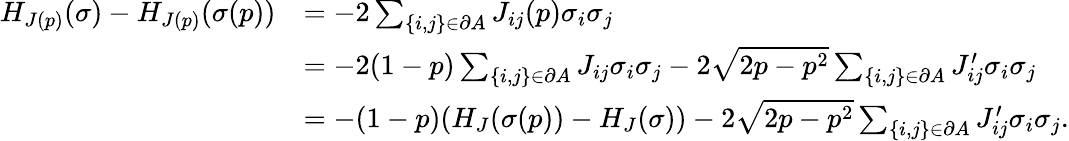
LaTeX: \begin{array}{rl}{H_{J(p)}(\sigma)-H_{J(p)}(\sigma(p))}&{=-2\sum_{\{ i,j\} \in\partial A}J_{ij}(p)\sigma_{i}\sigma_{j}}\\ &{=-2(1-p)\sum_{\{ i,j\} \in\partial A}J_{ij}\sigma_{i}\sigma_{j}-2\sqrt{2p-p^{2}}\sum_{\{ i,j\} \in\partial A}J_{ij}^{\prime}\sigma_{i}\sigma_{j}}\\ &{=-(1-p)(H_{J}(\sigma(p))-H_{J}(\sigma))-2\sqrt{2p-p^{2}}\sum_{\{ i,j\} \in\partial A}J_{ij}^{\prime}\sigma_{i}\sigma_{j}.}\end{array}